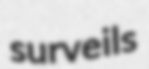
surveils